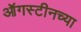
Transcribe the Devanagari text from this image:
ऑगस्टीनच्या